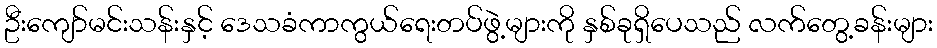
ဦးကျော်မင်းသန်းနှင့် ဒေသခံကာကွယ်ရေးတပ်ဖွဲ့များကို နှစ်ခုရှိပေသည် လက်တွေ့ခန်းများ